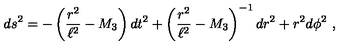
d s ^ { 2 } = - \left( { \frac { r ^ { 2 } } { \ell ^ { 2 } } } - M _ { 3 } \right) d t ^ { 2 } + \left( { \frac { r ^ { 2 } } { \ell ^ { 2 } } } - M _ { 3 } \right) ^ { - 1 } d r ^ { 2 } + r ^ { 2 } d \phi ^ { 2 } \ ,